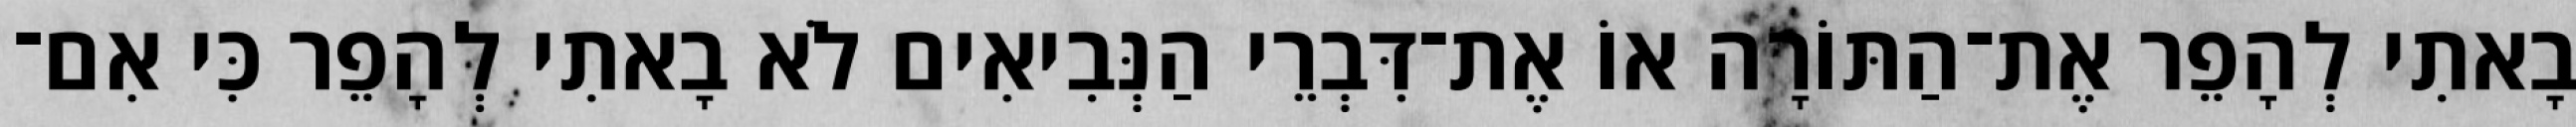
בָאתִי לְהָפֵר אֶת־הַתּוֹרָה אוֹ אֶת־דִּבְרֵי הַנְּבִיאִים לֹא בָאתִי לְהָפֵר כִּי אִם־